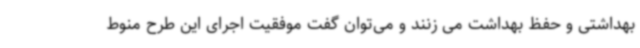
بهداشتی و حفظ بهداشت می زنند و می‌توان گفت موفقیت اجرای این طرح منوط